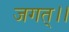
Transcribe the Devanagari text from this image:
जगत्।।